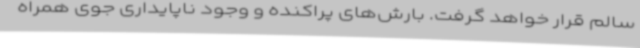
سالم قرار خواهد گرفت. بارش‌های پراکنده و وجود ناپایداری جوی همراه